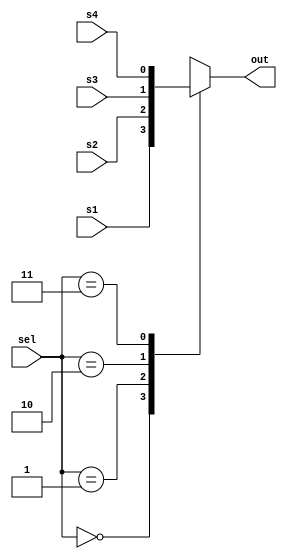
/*!>
* 4 in 1 out multiplexer module
*
*+ Input +* 
* s1 	- Source 1
* s2	- Source 2
* s3 	- Source 3
* s4	- Source 4
* 2BIT sel - Selector
*
*
*+ Output +* 
*  out - source output
*
*
<!*/
module Mux4in1out(
input s1, 
input s2, 
input s3, 
input s4, 
input [1:0]sel,
output reg out
);

always @(*)
begin
	case ( sel )
		2'b00:
			begin 
				out=s1;
			end
		2'b01:
			begin
				out=s2;
			end
		2'b10:
			begin
				out=s3;
			end	
		2'b11:
			begin
				out=s4;
			end
	endcase
end

endmodule